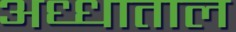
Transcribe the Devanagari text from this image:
अध्धाताल